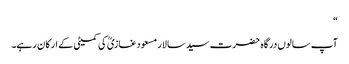
“
آپ سالوں درگاہ حضرت سید سالار مسعود غازیؒ کی کمیٹی کے ارکان رہے۔